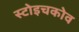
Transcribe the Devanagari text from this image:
स्टोइचकोव